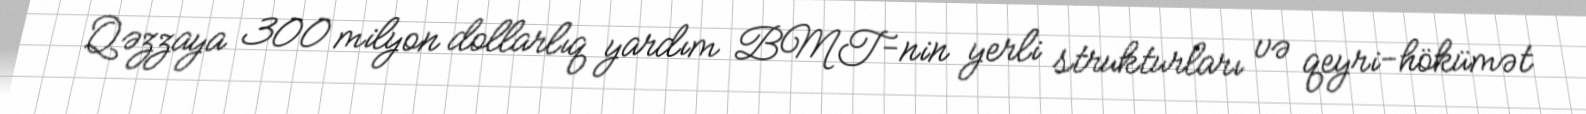
Qəzzaya 300 milyon dollarlıq yardım BMT-nin yerli strukturları və qeyri-hökümət